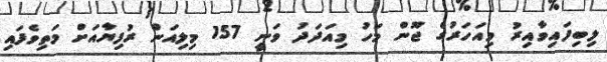
ލިބިފައިވާއިރު މިއަހަރުގެ ޖޫން މަހު މިއަދަދު ވަނީ 157 މިލިއަން ރުފިޔާއަށް މަތިވެފައި